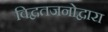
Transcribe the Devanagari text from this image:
विद्वतजनोद्वारा